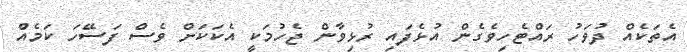
އެތަކެއް ދުވަހު ރައްޓެހިވެގެން އުޅެފައި ރުޅިވާން ޖެހުމަކީ އެކަކަށް ވެސް ފަސޭހަ ކަމެއް